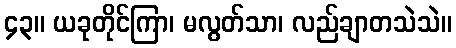
၄၃။ ယခုတိုင်ကြာ၊ မလွတ်သာ၊ လည်ချာတသဲသဲ။